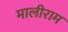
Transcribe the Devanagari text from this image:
मालीराम